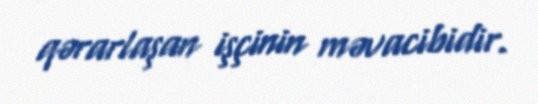
qərarlaşan işçinin məvacibidir.